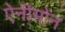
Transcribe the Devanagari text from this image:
ऐनीमोन